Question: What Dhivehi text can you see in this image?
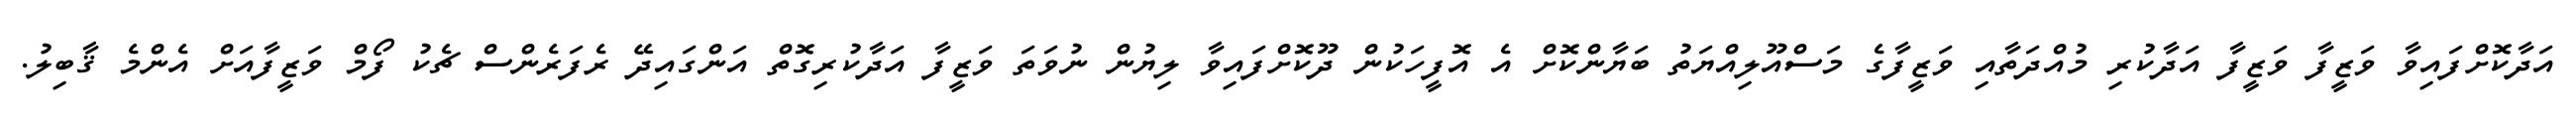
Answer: އަދާކޮށްފައިވާ ވަޒީފާ ވަޒީފާ އަދާކުރި މުއްދަތާއި ވަޒީފާގެ މަސްއޫލިއްޔަތު ބަޔާންކޮށް އެ އޮފީހަކުން ދޫކޮށްފައިވާ ލިޔުން ނުވަތަ ވަޒީފާ އަދާކުރިގޮތް އަންގައިދޭ ރެފަރެންސް ޗެކު ފޯމް ވަޒީފާއަށް އެންމެ ޤާބިލު.